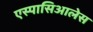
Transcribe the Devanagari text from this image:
एस्पासिआलेस